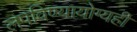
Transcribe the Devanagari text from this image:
लपविण्यायोग्यही